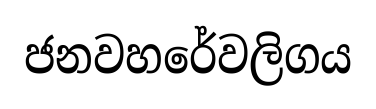
ජනවහරේවලිගය